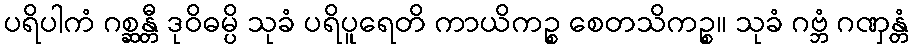
ပရိပါကံ ဂစ္ဆန္တီ ဒုဝိဓမ္ပိ သုခံ ပရိပူရေတိ ကာယိကဉ္စ စေတသိကဉ္စ။ သုခံ ဂဗ္ဘံ ဂဏှန္တံ